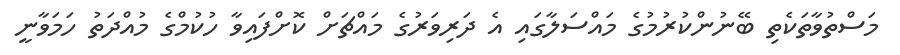
މަސްތުވާތަކެތި ބޭނުންކުރުމުގެ މައްސަލާގައި އެ ދަރިވަރުގެ މައްޗަށް ކޮށްފައިވާ ހުކުމްގެ މުއްދަތު ހަމަވާނީ